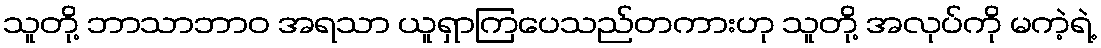
သူတို့ ဘာသာဘာဝ အရသာ ယူရှာကြပေသည်တကားဟု သူတို့ အလုပ်ကို မကဲ့ရဲ့